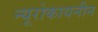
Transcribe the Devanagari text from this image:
न्यूरोकायनीन